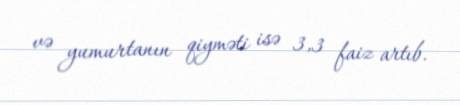
və yumurtanın qiyməti isə 3,3 faiz artıb.